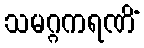
သမဂ္ဂကရဏိံ